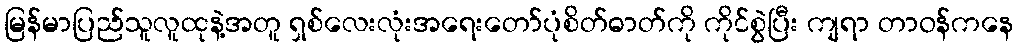
မြန်မာပြည်သူလူထုနဲ့အတူ ရှစ်လေးလုံးအရေးတော်ပုံစိတ်ဓာတ်ကို ကိုင်စွဲပြီး ကျရာ တာဝန်ကနေ